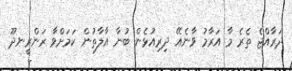
ދަރާއްޖެ ތެރެ މާ އަރާމު ވާނެއޭ ދިރިއުޅެން ބުނާ އާލާތުން ކަމަށްވާ ރަންރީނދޫ